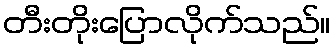
တီးတိုးပြောလိုက်သည်။